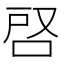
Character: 𭇪